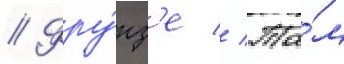
// Фру́нз'е // Та́м